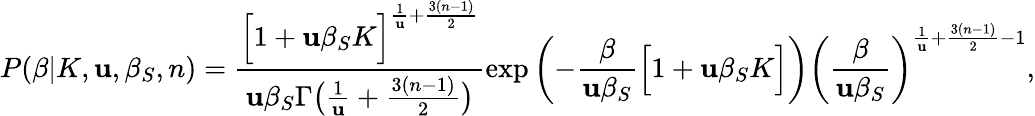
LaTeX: P(\beta|K,\mathbf{u},\beta_{S},n)=\frac{{\Big[1+\mathbf{u}\beta_{S}K\Big]^{\frac{{1}}{{\mathbf{u}}}+\frac{{3(n-1)}}{{2}}}}}{{\mathbf{u}\beta_{S}\Gamma\big(\frac{{1}}{{\mathbf{u}}}+\frac{{3(n-1)}}{{2}}\big)}}\exp\left(-\frac{{\beta}}{{\mathbf{u}\beta_{S}}}\Big[1+\mathbf{u}\beta_{S}K\Big]\right)\left(\frac{{\beta}}{{\mathbf{u}\beta_{S}}}\right)^{\frac{{1}}{{\mathbf{u}}}+\frac{{3(n-1)}}{{2}}-1},